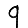
Digit: 9